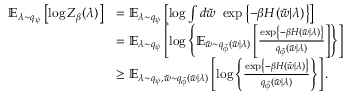
\begin{array} { r l } { \operatorname { \mathbb { E } } _ { \lambda \sim q _ { \psi } } \left[ \log Z _ { \beta } ( \lambda ) \right] } & { = \operatorname { \mathbb { E } } _ { \lambda \sim q _ { \psi } } \left[ \log \int d \Tilde { w } \ \exp \left\{ - \beta H ( \Tilde { w } | \lambda ) \right\} \right] } \\ & { = \operatorname { \mathbb { E } } _ { \lambda \sim q _ { \psi } } \left[ \log \left\{ \operatorname { \mathbb { E } } _ { \Tilde { w } \sim q _ { \Tilde { \phi } } ( \Tilde { w } | \lambda ) } \left[ \frac { \exp \left\{ - \beta H ( \Tilde { w } | \lambda ) \right\} } { q _ { \Tilde { \phi } } \left( \Tilde { w } | \lambda \right) } \right] \right\} \right] } \\ & { \geq \operatorname { \mathbb { E } } _ { \lambda \sim q _ { \psi } , \Tilde { w } \sim q _ { \Tilde { \phi } } ( \Tilde { w } | \lambda ) } \left[ \log \left\{ \frac { \exp \left\{ - \beta H ( \Tilde { w } | \lambda ) \right\} } { q _ { \Tilde { \phi } } ( \Tilde { w } | \lambda ) } \right\} \right] . } \end{array}